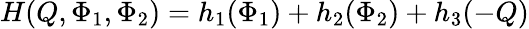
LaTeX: H(Q,\Phi_{1},\Phi_{2})=h_{1}(\Phi_{1})+h_{2}(\Phi_{2})+h_{3}(-Q)